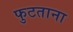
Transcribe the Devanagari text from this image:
फुटताना